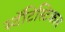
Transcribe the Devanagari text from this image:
स्टॅटिस्टिकल